Annual report on the working of the mental hospitals in the Madras Presidency - 1912-1932
Year: 1912
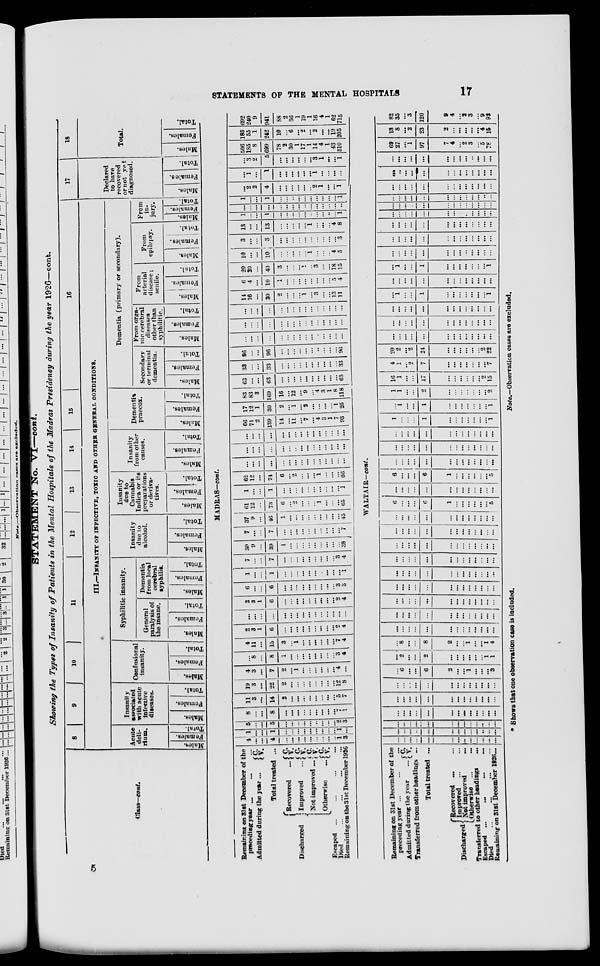
STATEMENTS OF THE MENTAL HOSPITALS
17
STATEMENT No. VI—cont.
Showing the Types of Insanity of Patients in the Mental Hospitals of the Madras Presidency during the year 1926—cont.
Class—cont.
8
9 10
11
12
13
14
15
16
III.—INSANITY OF INFECTIVE, TOXIC AND OTHER GENERAL CONDITIONS.
Acute
deli-
rium.
Males.
Females.
Total.
Insanity
associated
with acute
infective
diseases.
Males.
Females.
Total.
Confusional
insanity.
Males.
Females.
Total.
Syphilitic insanity.
General
paralysis of
the insane.
Males.
Females.
Total.
Dementia
from local
cerebral
syphilis.
Males.
Females.
Total.
Insanity
due to
alcohol.
Males.
Females.
Total.
Insanity
due to
Cannabis
Indica or its
preparations
or deriva-
tives.
Males.
Females.
Total.
Insanity
from other
causes.
Males.
Females.
Total.
Dementia
praecox.
Males.
Females.
Total.
Dementia (primary or secondary).
Secondary
or terminal
dementia.
Males.
Females.
Total.
From orga-
nic cerebral
diseases
other than
syphilitic.
Males.
Females.
Total.
From
arterial
disease;
senile.
Males.
Females.
Total.
From
epilepsy.
Males.
Females.
Total.
From
in-
jury.
Males.
Females.
Total.
17
Declared
to have
recovered
or not yet
diagnosed.
Males.
Females.
Total.
18
Total.
Males.
Females.
Total.
MADRAS—cont.
Remaining on 31st December of the
preceding year ... ... ...
Admitted during the year ...
C.
V.
Total treated ...
Discharged
Recovered
...
Improved
...
Not improved ...
Otherwise ...
C.
V.
C.
V.
C.
V.
C. V.
Escaped ... ... ... ...
Died ... ... ... ...
Remaining on the 31st December 1926
4
...
...
4
...
...
...
...
...
...
...
...
...
1
3
1
...
...
1
...
...
...
...
...
...
...
...
...
1
...
5
...
...
5
...
...
...
...
...
...
...
...
...
2
3
8
...
...
8
...
...
...
...
...
...
...
...
...
7
1
11
3
...
14
2
...
...
...
...
...
...
...
...
5
7
19
3
...
22
2
...
...
...
...
...
...
...
...
12
8
4
3
...
7
2
...
1
...
...
...
...
...
...
4
...
...
8
...
8
1
...
...
...
...
...
...
...
...
3
4
4
11
...
15
3
...
1
...
...
...
...
...
...
7
4
2
3
1
6
...
...
...
...
...
...
...
...
...
2
4
...
...
...
...
...
...
...
...
...
...
...
...
...
...
...
2
3
1
6
...
...
...
...
...
...
...
...
...
2
4
6
...
...
6
...
...
...
...
...
...
...
...
...
3
3
1
...
...
1
...
...
...
...
...
...
...
...
...
...
1
7
...
...
7
...
...
...
...
...
...
...
...
...
3
4
30
9
...
39
1
...
...
...
...
...
...
...
...
...
38
7
...
...
7
...
...
...
...
...
...
...
...
...
...
7
37
9
...
46
1
...
...
...
...
...
...
...
...
...
45
61
12
...
73
6
...
2
...
...
...
1
...
...
...
65
1
...
...
1
...
...
...
...
...
...
...
...
...
...
1
62
12
...
74
6
...
2
...
...
...
1
...
...
...
66
...
...
...
...
...
...
...
...
...
...
...
...
...
...
...
...
...
...
...
...
...
...
...
...
...
...
...
...
...
...
...
...
...
...
...
...
...
...
...
...
...
...
...
...
...
66
71
2
139
14
...
11
...
7
...
4
3
1
7
93
17
12
1
30
2
...
1
...
2
...
...
...
...
1
25
83
83
3
169
16
...
12
...
9
...
4
3
1
8
118
63
...
...
63
...
...
...
...
...
...
...
...
...
...
63
33
...
...
33
...
...
...
...
...
...
...
...
...
...
33
96
...
...
96
...
...
...
...
...
...
...
...
...
...
96
...
...
...
...
...
...
...
...
...
...
...
...
...
...
...
...
...
...
...
...
...
...
...
...
...
...
...
...
...
...
...
...
...
...
...
...
...
...
...
...
...
...
...
...
...
14
16
...
30
2
...
...
...
1
...
3
...
...
13
11
6
4
...
10
1
...
...
...
...
...
...
...
...
5
4
20
20
...
40
3
...
...
...
1
...
3
...
...
18
15
10
...
...
10
...
...
...
...
...
1
...
...
...
4
5
3
...
...
3
...
...
...
...
...
...
...
...
...
...
3
13
...
...
13
...
...
...
...
...
1
...
...
...
4
8
1
...
...
1
...
...
...
...
...
...
...
...
...
...
1
...
...
...
...
...
...
...
...
...
...
...
...
...
...
...
1
...
...
1
...
...
...
...
...
...
...
...
...
...
1
...
2
2
4
...
...
...
...
...
...
2
1
...
...
1
...
1
...
1
...
...
...
...
...
...
1
...
...
...
...
...
3
2
5
...
...
...
...
...
...
3
1
...
...
1
506
185
8
699
78
2
30
1
17
1
14
4
1
43
510
186
55
1
242
10
...
6
...
2
...
2
...
...
19
205
692
240
9
941
88
2
36
1
19
1
16
4
1
62
715
WALTAIR—cont.
Remaining on 31st December of the
preceding year ... ... ...
Admitted during the year
... C.
V.
Transferred from other headings ...
Total treated ...
Discharged
Recovered ... ...
Improved ... ...
Not improved ...
Otherwise
...
...
Transferred to other headings ...
Escaped ... ... ... ...
Died ... ... ... ...
Remaining on 31st December 1926...
...
...
...
...
...
...
...
...
...
...
...
...
...
...
...
...
...
...
...
...
...
...
...
...
...
...
...
...
...
...
...
...
...
...
...
...
...
...
...
...
...
...
...
...
...
...
...
...
...
...
...
...
...
...
...
...
...
...
...
...
...
...
...
...
...
...
...
...
...
...
...
...
...
...
...
...
...
...
...
6
...
...
6
2
...
...
1
...
...
...
3
...
2
...
...
2
...
...
...
...
...
...
1
1
...
8
...
...
8
2
...
...
1
...
...
1
4
...
...
...
...
...
...
...
...
...
...
...
...
...
...
...
...
...
...
...
...
...
...
...
...
...
...
...
...
...
...
...
...
...
...
...
...
...
...
...
...
...
...
...
...
...
...
...
...
...
...
...
...
...
...
...
...
...
...
...
...
...
...
...
...
...
...
...
...
...
...
...
...
...
...
...
...
...
...
...
...
...
...
...
...
...
...
...
...
...
...
...
...
...
...
...
...
...
...
...
...
...
...
...
...
...
...
...
...
...
...
...
...
...
...
...
... ...
6
...
...
...
6
1
...
...
...
...
...
...
5
...
...
...
...
...
...
...
...
...
...
...
...
...
6
...
...
...
6
1
...
...
...
...
...
...
5
...
...
...
...
...
...
...
...
...
...
...
...
...
...
...
...
...
...
...
...
...
...
...
...
...
...
...
...
...
...
...
...
...
...
...
...
...
...
...
1
...
...
...
1
...
...
...
...
...
...
...
1
...
1
...
...
1
...
...
...
...
...
...
...
1
1
1
...
...
2
...
...
...
...
...
...
...
2
16
1
...
...
17
...
...
...
...
...
...
2
15
4
1
...
2
7
...
...
...
...
...
...
...
7
20
2
...
2
24
...
...
...
...
...
...
2
22
...
...
...
...
...
...
...
...
...
...
...
...
...
...
...
...
...
...
...
...
...
...
...
...
...
...
...
...
...
...
...
...
...
...
...
...
...
...
...
...
1
...
...
1
...
...
...
...
...
...
...
1
...
...
...
...
...
...
...
...
...
...
...
...
...
...
1
...
...
1
...
...
...
...
...
...
...
1
...
...
...
...
...
...
...
...
...
...
...
...
...
...
...
...
...
...
...
...
...
...
...
...
...
...
...
...
...
...
...
...
...
...
...
...
...
...
...
...
...
...
...
...
...
...
...
...
...
...
...
...
...
...
...
...
...
...
...
...
...
...
...
...
...
...
...
...
...
...
...
...
...
...
...
...
...
...
...
...
...
...
...
...
...
...
...
...
...
...
...
...
...
...
...
...
...
...
...
...
...
...
...
...
...
...
...
...
...
...
...
...
...
...
...
...
...
69
27
...
1
97
7
4
...
2
3
...
5
78
13
8
...
2
23
2
...
...
...
...
...
4
15
82
35
...
3
120
9
4
...
2
3
...
9
93
* Shows that one observation case is included.
Note.—Observation cases are excluded.
5